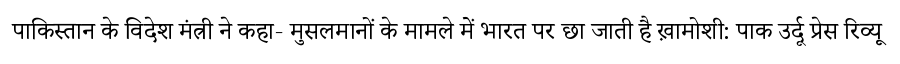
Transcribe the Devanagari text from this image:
पाकिस्तान के विदेश मंत्री ने कहा- मुसलमानों के मामले में भारत पर छा जाती है ख़ामोशी: पाक उर्दू प्रेस रिव्यू